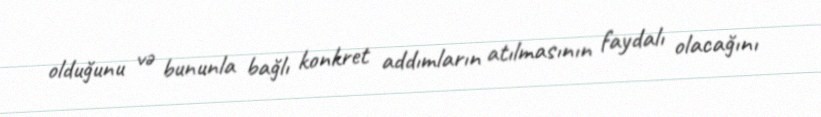
olduğunu və bununla bağlı konkret addımların atılmasının faydalı olacağını